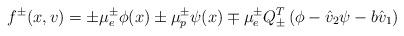
LaTeX: \begin{align*}f^\pm(x,v)=\pm\mu^\pm_e\phi(x)\pm\mu^\pm_p\psi(x)\mp\mu^\pm_eQ^T_\pm\left(\phi-\hat{v}_2\psi-b\hat{v}_1\right)\end{align*}